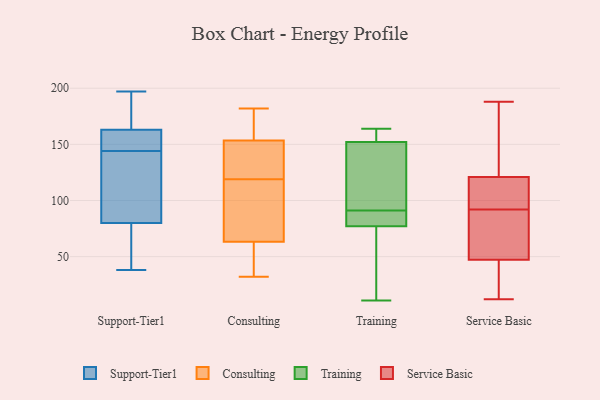
{"axis": {"x": "Gross Profit (USD K)", "y": "Value"}, "legend": ["Consulting", "Service Basic", "Support-Tier1", "Training"], "data": [{"x": "", "y": 99, "type": "Support-Tier1"}, {"x": "", "y": 65, "type": "Support-Tier1"}, {"x": "", "y": 38, "type": "Support-Tier1"}, {"x": "", "y": 102, "type": "Support-Tier1"}, {"x": "", "y": 163, "type": "Support-Tier1"}, {"x": "", "y": 151, "type": "Support-Tier1"}, {"x": "", "y": 43, "type": "Support-Tier1"}, {"x": "", "y": 186, "type": "Support-Tier1"}, {"x": "", "y": 80, "type": "Support-Tier1"}, {"x": "", "y": 156, "type": "Support-Tier1"}, {"x": "", "y": 197, "type": "Support-Tier1"}, {"x": "", "y": 160, "type": "Support-Tier1"}, {"x": "", "y": 137, "type": "Support-Tier1"}, {"x": "", "y": 192, "type": "Support-Tier1"}, {"x": "", "y": 119, "type": "Consulting"}, {"x": "", "y": 182, "type": "Consulting"}, {"x": "", "y": 151, "type": "Consulting"}, {"x": "", "y": 44, "type": "Consulting"}, {"x": "", "y": 177, "type": "Consulting"}, {"x": "", "y": 137, "type": "Consulting"}, {"x": "", "y": 87, "type": "Consulting"}, {"x": "", "y": 65, "type": "Consulting"}, {"x": "", "y": 161, "type": "Consulting"}, {"x": "", "y": 121, "type": "Consulting"}, {"x": "", "y": 58, "type": "Consulting"}, {"x": "", "y": 102, "type": "Consulting"}, {"x": "", "y": 32, "type": "Consulting"}, {"x": "", "y": 148, "type": "Training"}, {"x": "", "y": 164, "type": "Training"}, {"x": "", "y": 162, "type": "Training"}, {"x": "", "y": 87, "type": "Training"}, {"x": "", "y": 11, "type": "Training"}, {"x": "", "y": 81, "type": "Training"}, {"x": "", "y": 88, "type": "Training"}, {"x": "", "y": 94, "type": "Training"}, {"x": "", "y": 76, "type": "Training"}, {"x": "", "y": 156, "type": "Training"}, {"x": "", "y": 84, "type": "Training"}, {"x": "", "y": 59, "type": "Training"}, {"x": "", "y": 77, "type": "Training"}, {"x": "", "y": 26, "type": "Training"}, {"x": "", "y": 152, "type": "Training"}, {"x": "", "y": 137, "type": "Training"}, {"x": "", "y": 145, "type": "Training"}, {"x": "", "y": 159, "type": "Training"}, {"x": "", "y": 12, "type": "Service Basic"}, {"x": "", "y": 84, "type": "Service Basic"}, {"x": "", "y": 111, "type": "Service Basic"}, {"x": "", "y": 45, "type": "Service Basic"}, {"x": "", "y": 127, "type": "Service Basic"}, {"x": "", "y": 48, "type": "Service Basic"}, {"x": "", "y": 92, "type": "Service Basic"}, {"x": "", "y": 12, "type": "Service Basic"}, {"x": "", "y": 162, "type": "Service Basic"}, {"x": "", "y": 147, "type": "Service Basic"}, {"x": "", "y": 94, "type": "Service Basic"}, {"x": "", "y": 53, "type": "Service Basic"}, {"x": "", "y": 104, "type": "Service Basic"}, {"x": "", "y": 188, "type": "Service Basic"}, {"x": "", "y": 119, "type": "Service Basic"}, {"x": "", "y": 29, "type": "Service Basic"}, {"x": "", "y": 81, "type": "Service Basic"}]}